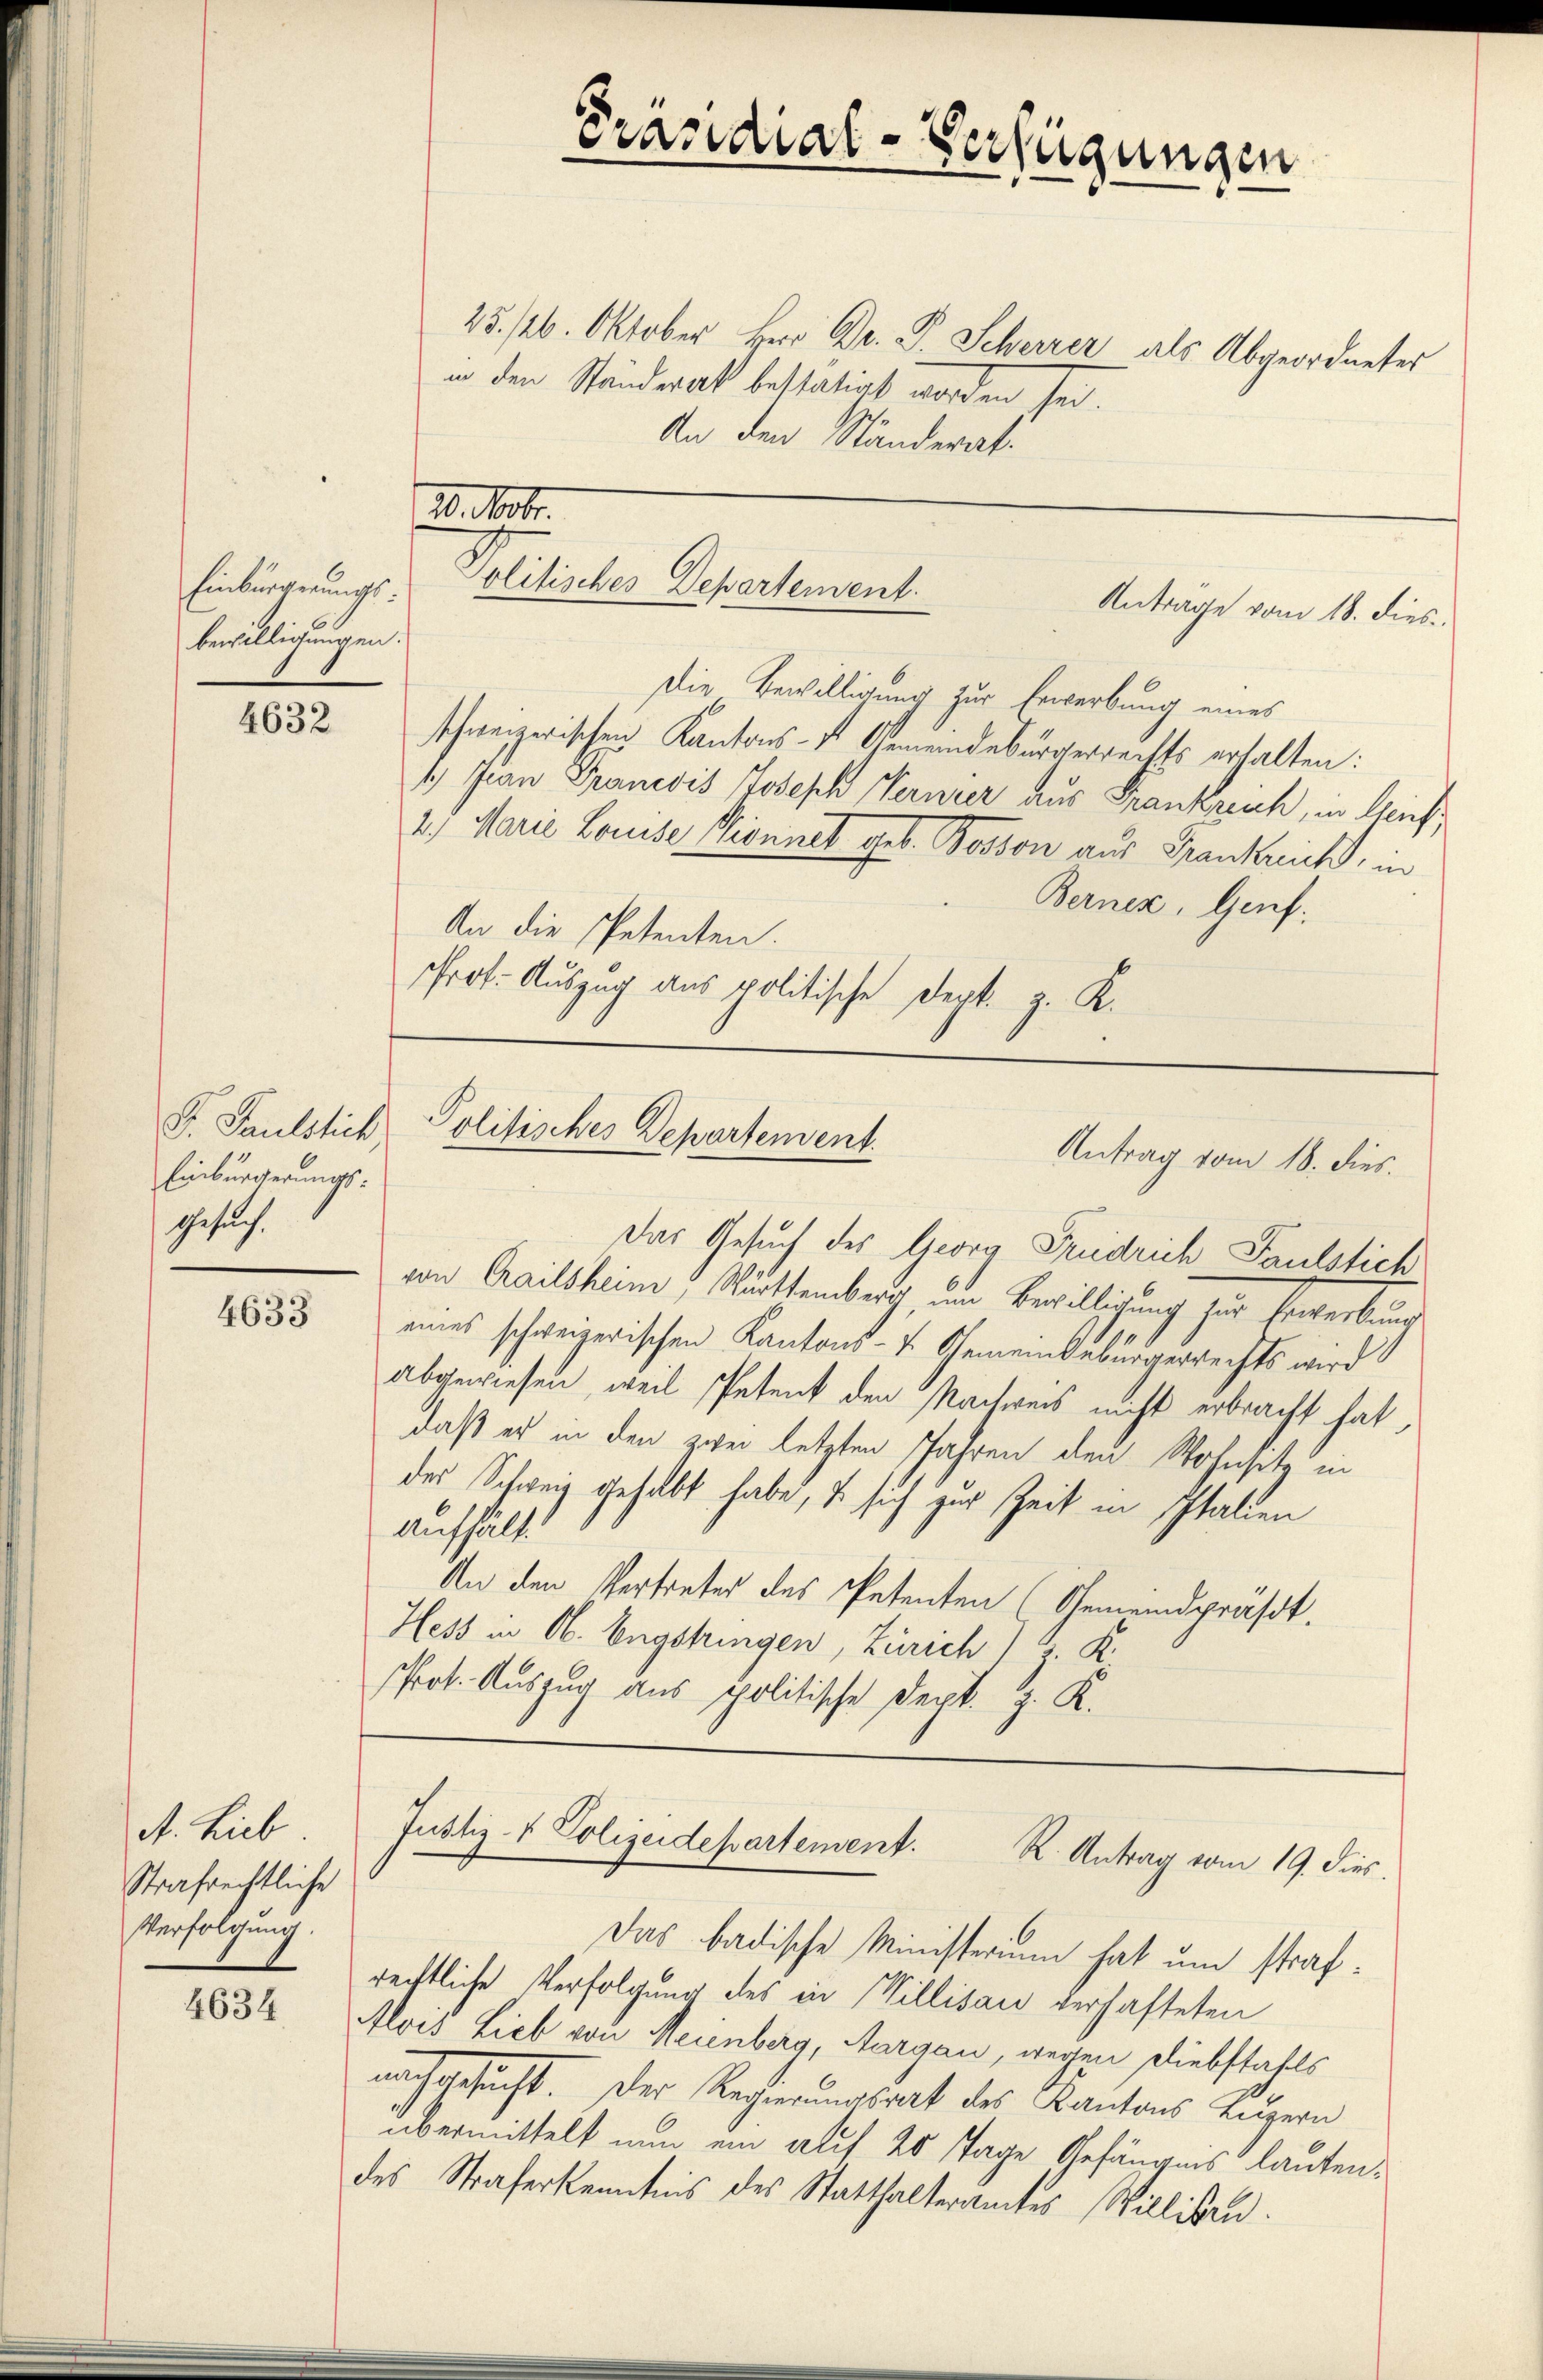
Einbürgerungsbewilligungen.
.

4634

4632

F. Paulstick
Einbürgerungs-
Gesuch.

4633

A. Lieb
Strafrechtliche
Verfolgung.

Präsidial-Verfügungen

25./26. Oktober Herr Dr. P. Scherrer als Abgeordneter
in den Ständerak bestätigt worden sei.
An den Ständerat:

20. Nobr.
Politisches Departement.
Antrage vom 18. dies

Die Bewilligung zur Erwerbung eines
schweizerischen Kantons- & Gemeindebürgerrechts erhalten:
1.) Jean Francis Joseph Ferner aus Frankreich, in Genf,
2.) Marie Louise Brennet geb. Bosson aus Frankreich, in
Berner, Genf.
An die Petenten.
Prot. Auszug aus politische Sept. z. K.

Politisches Departement.
Antrag vom 18. dies.

Das Gesuch des Georg Fridrich Paulstich
von Chailsheim; Rürttemberg, im Bewilligung für Erwerbung
eines schweizerischen Kantons- & Gemeindebürgerrechts wird
abgewiesen, weil Petent den Nachweis nicht erbracht hat,
daß er in den zwei letzten Jahren den Wohnsitz in
des Schweiz gehabt habe, u sich zur Zeit in Italien
Aufhält.
An den Vertreter des Petenten (Gemeindspräsdt.
Hess in Ob. Engstringen, Zürich) z. K.
sprot. Auszug aus politische Dept. J. K.

Justiz- & Polizeidepartement.
R. Antrag vom 19. dies
Das badische Ministerium hat um straf¬

rechtliche Verfolgung des in Willisau verhafteten
Alois Lieb von Meinberg, Aargau, wegen Diebstahls
nachgesucht. Der Regierungsrat des Kantons Luzern
übermittelt nun ein auf 20 Tage Gefängnis lautendes Straferkenntnis des Statthalteramtes Williken.